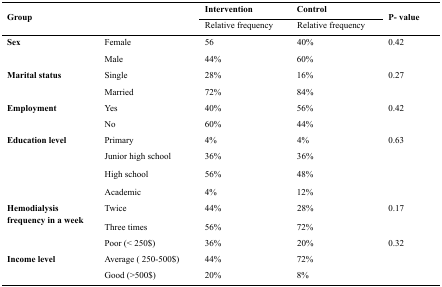
<table><thead><tr><td rowspan="3"><b>Group</b></td><td rowspan="3"></td><td><b>Intervention</b></td><td><b>Control</b></td><td rowspan="3"><b>P- value</b></td></tr><tr><td><b>Relative frequency</b></td><td><b>Relative frequency</b></td></tr></thead><tbody><tr><td rowspan="2"><b>Sex</b></td><td>Female</td><td>56</td><td>40%</td><td rowspan="2">0.42</td></tr><tr><td>Male</td><td>44%</td><td>60%</td></tr><tr><td rowspan="2"><b>Marital status</b></td><td>Single</td><td>28%</td><td>16%</td><td rowspan="2">0.27</td></tr><tr><td>Married</td><td>72%</td><td>84%</td></tr><tr><td rowspan="2"><b>Employment</b></td><td>Yes</td><td>40%</td><td>56%</td><td rowspan="2">0.42</td></tr><tr><td>No</td><td>60%</td><td>44%</td></tr><tr><td rowspan="4"><b>Education level</b></td><td>Primary</td><td>4%</td><td>4%</td><td rowspan="4">0.63</td></tr><tr><td>Junior high school</td><td>36%</td><td>36%</td></tr><tr><td>High school</td><td>56%</td><td>48%</td></tr><tr><td>Academic</td><td>4%</td><td>12%</td></tr><tr><td rowspan="2"><b>Hemodialysis frequency in a week</b></td><td>Twice</td><td>44%</td><td>28%</td><td rowspan="2">0.17</td></tr><tr><td>Three times</td><td>56%</td><td>72%</td></tr><tr><td rowspan="3"><b>Income level</b></td><td>Poor (&lt; 250$)</td><td>36%</td><td>20%</td><td rowspan="3">0.32</td></tr><tr><td>Average (250-500$)</td><td>44%</td><td>72%</td></tr><tr><td>Good (&gt;500$)</td><td>20%</td><td>8%</td></tr></tbody></table>